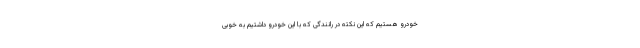
خودرو هستیم که این نکته در رانندگی که با این خودرو داشتیم به خوبی